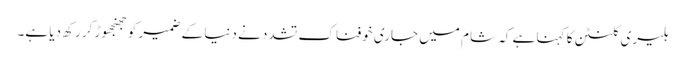
ہلیری کلنٹن کا کہنا ہے کہ شام میں جاری خوفناک تشدد نے دنیا کے ضمیر کو جھنجھوڑ کر رکھ دیا ہے۔